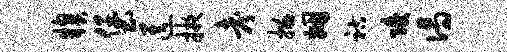
糗堡送掖考描姻祜陵偈